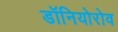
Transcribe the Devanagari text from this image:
डॉनियोरोव